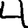
Digit: 4